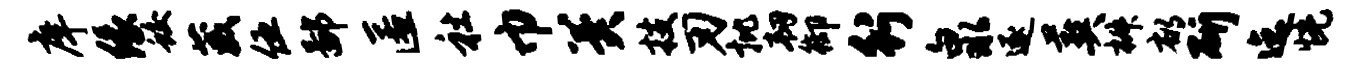
庠缘蛟葳伍鄙匿社巾冀技刃批韧御行泉逐葬椒郁斫迄恍